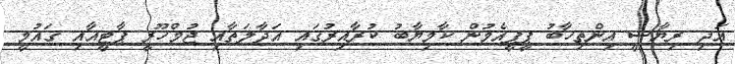
އަދި ރިޔާސީ އިންތިހާބު ޕީޕީއެމުން ކާމިޔާބު ކުރާއިރުގައި އަދާލަތާއި ޖުމްހޫރީ ޕާޓީއާއި ގައުމީ